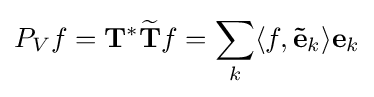
P_{V}f=\mathbf {T} ^{*}{\widetilde {\mathbf {T} }}f=\sum _{k}\langle f,\mathbf {\tilde {e}} _{k}\rangle \mathbf {e} _{k}